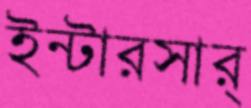
ইন্টারসার্